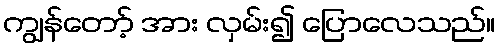
ကျွန်တော့် အား လှမ်း၍ ပြောလေသည်။